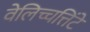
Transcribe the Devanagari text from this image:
वेलिच्चत्तिंटे